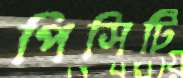
পিসিটি